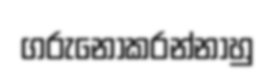
ගරුනොකරන්නාහු